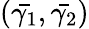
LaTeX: (\bar{\gamma_{1}},\bar{\gamma_{2}})